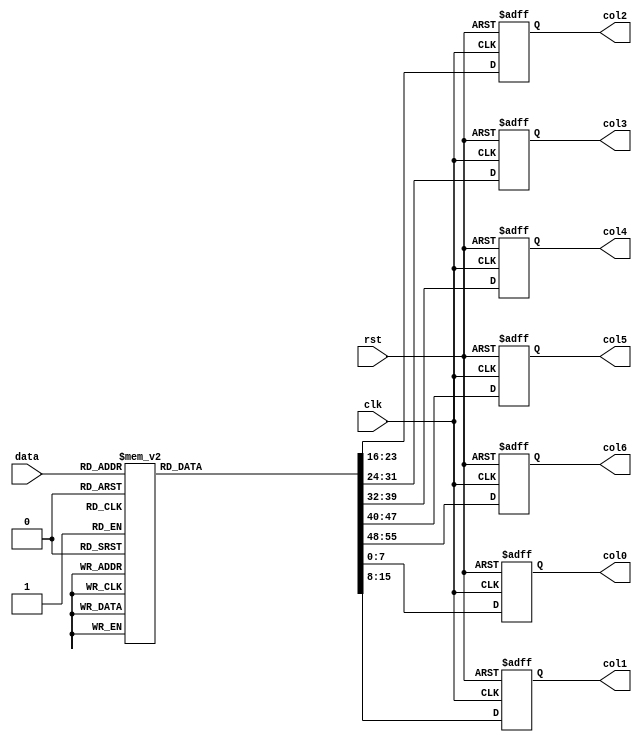
`timescale 1ns / 1ps
//////////////////////////////////////////////////////////////////////////////////
// Company: 
// Engineer: 
// 
// Design Name: 
// Module Name: RAM_set
// Project Name: 
// Target Devices: 
// Tool Versions: 
// Description: 
// 
// Dependencies: 
// 
// Revision:
// Revision 0.01 - File Created
// Additional Comments:
// 
//////////////////////////////////////////////////////////////////////////////////


// RAM_set.v  
`timescale 1ns / 1ps  
  
module RAM_set(  
    input clk,  
    input rst,  
    input [5:0] data,  
    output reg [7:0] col0,  
    output reg [7:0] col1,  
    output reg [7:0] col2,  
    output reg [7:0] col3,  
    output reg [7:0] col4,  
    output reg [7:0] col5,  
    output reg [7:0] col6  
    );  
  
    always @(posedge clk or negedge rst)  
        begin  
            if (!rst)  
                begin  
                    col0 <= 8'b0000_0000;  
                    col1 <= 8'b0000_0000;  
                    col2 <= 8'b0000_0000;  
                    col3 <= 8'b0000_0000;  
                    col4 <= 8'b0000_0000;  
                    col5 <= 8'b0000_0000;  
                    col6 <= 8'b0000_0000;  
                end  
            else  
                begin  
                    case (data)  
                        6'b00_0000: // "0"  
                            begin  
                                col0 <= 8'b0000_0000;  
                                col1 <= 8'b0011_1110;  
                                col2 <= 8'b0101_0001;  
                                col3 <= 8'b0100_1001;  
                                col4 <= 8'b0100_0101;  
                                col5 <= 8'b0011_1110;  
                                col6 <= 8'b0000_0000;  
                            end  
                        6'b00_0001: // "1"  
                            begin  
                                col0 <= 8'b0000_0000;  
                                col1 <= 8'b0000_0000;;  
                                col2 <= 8'b0100_0010;  
                                col3 <= 8'b0111_1111;  
                                col4 <= 8'b0100_0000;  
                                col5 <= 8'b0000_0000;;  
                                col6 <= 8'b0000_0000;  
                            end  
                        6'b00_0010: // "2"  
                            begin  
                                col0 <= 8'b0000_0000;  
                                col1 <= 8'b0100_0010;  
                                col2 <= 8'b0110_0001;  
                                col3 <= 8'b0101_0001;  
                                col4 <= 8'b0100_1001;  
                                col5 <= 8'b0100_0110;  
                                col6 <= 8'b0000_0000;  
                            end  
                        6'b00_0011: // "3"  
                            begin  
                                col0 <= 8'b0000_0000;  
                                col1 <= 8'b0010_0010;  
                                col2 <= 8'b0100_0001;  
                                col3 <= 8'b0100_1001;  
                                col4 <= 8'b0100_1001;  
                                col5 <= 8'b0011_0110;  
                                col6 <= 8'b0000_0000;  
                            end  
                        6'b00_0100: // "4"  
                            begin  
                                col0 <= 8'b0000_0000;  
                                col1 <= 8'b0001_1000;  
                                col2 <= 8'b0001_0100;  
                                col3 <= 8'b0001_0010;  
                                col4 <= 8'b0111_1111;  
                                col5 <= 8'b0001_0000;  
                                col6 <= 8'b0000_0000;  
                            end  
                        6'b00_0101: // "5"  
                            begin  
                                col0 <= 8'b0000_0000;  
                                col1 <= 8'b0010_0111;  
                                col2 <= 8'b0100_0101;  
                                col3 <= 8'b0100_0101;  
                                col4 <= 8'b0100_0101;  
                                col5 <= 8'b0011_1001;  
                                col6 <= 8'b0000_0000;  
                            end  
                        6'b00_0110: // "6"  
                            begin  
                                col0 <= 8'b0000_0000;  
                                col1 <= 8'b0011_1110;  
                                col2 <= 8'b0100_1001;  
                                col3 <= 8'b0100_1001;  
                                col4 <= 8'b0100_1001;  
                                col5 <= 8'b0011_0010;  
                                col6 <= 8'b0000_0000;  
                            end  
                        6'b00_0111: // "7"  
                            begin  
                                col0 <= 8'b0000_0000;  
                                col1 <= 8'b0110_0001;  
                                col2 <= 8'b0001_0001;  
                                col3 <= 8'b0000_1001;  
                                col4 <= 8'b0000_0101;  
                                col5 <= 8'b0000_0011;  
                                col6 <= 8'b0000_0000;  
                            end  
                        6'b00_1000: // "8"  
                            begin  
                                col0 <= 8'b0000_0000;  
                                col1 <= 8'b0011_0110;  
                                col2 <= 8'b0100_1001;  
                                col3 <= 8'b0100_1001;  
                                col4 <= 8'b0100_1001;  
                                col5 <= 8'b0011_0110;  
                                col6 <= 8'b0000_0000;  
                            end  
                        6'b00_1001: // "9"  
                            begin  
                                col0 <= 8'b0000_0000;  
                                col1 <= 8'b0010_0110;  
                                col2 <= 8'b0100_1001;  
                                col3 <= 8'b0100_1001;  
                                col4 <= 8'b0100_1001;  
                                col5 <= 8'b0011_1110;  
                                col6 <= 8'b0000_0000;  
                            end  
                        6'b00_1010: // "A"  
                            begin  
                                col0 <= 8'b0000_0000;  
                                col1 <= 8'b0111_1100;  
                                col2 <= 8'b0001_0010;  
                                col3 <= 8'b0001_0001;  
                                col4 <= 8'b0001_0010;  
                                col5 <= 8'b0111_1100;  
                                col6 <= 8'b0000_0000;  
                            end  
                        6'b00_1011: // "B"  
                            begin  
                                col0 <= 8'b0000_0000;  
                                col1 <= 8'b0111_1111;  
                                col2 <= 8'b0100_1001;  
                                col3 <= 8'b0100_1001;  
                                col4 <= 8'b0100_1001;  
                                col5 <= 8'b0011_0110;  
                                col6 <= 8'b0000_0000;  
                            end  
                        6'b00_1100: // "C"  
                            begin  
                                col0 <= 8'b0000_0000;  
                                col1 <= 8'b0011_1110;  
                                col2 <= 8'b0100_0001;  
                                col3 <= 8'b0100_0001;  
                                col4 <= 8'b0100_0001;  
                                col5 <= 8'b0010_0010;  
                                col6 <= 8'b0000_0000;  
                            end  
                        6'b00_1101: // "D"  
                            begin  
                                col0 <= 8'b0000_0000;  
                                col1 <= 8'b0111_1111;  
                                col2 <= 8'b0100_0001;  
                                col3 <= 8'b0100_0001;  
                                col4 <= 8'b0100_0001;  
                                col5 <= 8'b0011_1110;  
                                col6 <= 8'b0000_0000;  
                            end  
                        6'b00_1110: // "E"  
                            begin  
                                col0 <= 8'b0000_0000;  
                                col1 <= 8'b0111_1111;  
                                col2 <= 8'b0100_1001;  
                                col3 <= 8'b0100_1001;  
                                col4 <= 8'b0100_1001;  
                                col5 <= 8'b0100_0001;  
                                col6 <= 8'b0000_0000;  
                            end  
                        6'b00_1111: // "F"  
                            begin  
                                col0 <= 8'b0000_0000;  
                                col1 <= 8'b0111_1111;  
                                col2 <= 8'b0000_1001;  
                                col3 <= 8'b0000_1001;  
                                col4 <= 8'b0000_1001;  
                                col5 <= 8'b0000_0001;  
                                col6 <= 8'b0000_0000;  
                            end  
                        6'b01_0000: // "G"  
                            begin  
                                col0 <= 8'b0000_0000;  
                                col1 <= 8'b0011_1110;  
                                col2 <= 8'b0100_0001;  
                                col3 <= 8'b0100_1001;  
                                col4 <= 8'b0100_1001;  
                                col5 <= 8'b0011_1010;  
                                col6 <= 8'b0000_0000;  
                            end  
                        6'b01_0001: // "H"  
                            begin  
                                col0 <= 8'b0000_0000;  
                                col1 <= 8'b0111_1111;  
                                col2 <= 8'b0000_1000;  
                                col3 <= 8'b0000_1000;  
                                col4 <= 8'b0000_1000;  
                                col5 <= 8'b0111_1111;  
                                col6 <= 8'b0000_0000;  
                            end  
                        6'b01_0010: // "I"  
                            begin  
                                col0 <= 8'b0000_0000;  
                                col1 <= 8'b0000_0000;  
                                col2 <= 8'b0100_0001;  
                                col3 <= 8'b0111_1111;  
                                col4 <= 8'b0100_0001;  
                                col5 <= 8'b0000_0000;  
                                col6 <= 8'b0000_0000;  
                            end  
                        6'b01_0011: // "J"  
                            begin  
                                col0 <= 8'b0000_0000;  
                                col1 <= 8'b0010_0000;  
                                col2 <= 8'b0100_0001;  
                                col3 <= 8'b0100_0001;  
                                col4 <= 8'b0011_1111;  
                                col5 <= 8'b0000_0001;  
                                col6 <= 8'b0000_0000;  
                            end  
                        6'b01_0100: // "K"  
                            begin  
                                col0 <= 8'b0000_0000;  
                                col1 <= 8'b0111_1111;  
                                col2 <= 8'b0000_1000;  
                                col3 <= 8'b0001_0100;  
                                col4 <= 8'b0010_0010;  
                                col5 <= 8'b0100_0001;  
                                col6 <= 8'b0000_0000;  
                            end  
                        6'b01_0101: // "L"  
                            begin  
                                col0 <= 8'b0000_0000;  
                                col1 <= 8'b0111_1111;  
                                col2 <= 8'b0100_0000;  
                                col3 <= 8'b0100_0000;  
                                col4 <= 8'b0100_0000;  
                                col5 <= 8'b0100_0000;  
                                col6 <= 8'b0000_0000;  
                            end  
                        6'b01_0110: // "M"  
                            begin  
                                col0 <= 8'b0000_0000;  
                                col1 <= 8'b0111_1111;  
                                col2 <= 8'b0000_0010;  
                                col3 <= 8'b0000_1100;  
                                col4 <= 8'b0000_0010;  
                                col5 <= 8'b0111_1111;  
                                col6 <= 8'b0000_0000;  
                            end  
                        6'b01_0111: // "N"  
                            begin  
                                col0 <= 8'b0000_0000;  
                                col1 <= 8'b0111_1111;  
                                col2 <= 8'b0000_0010;  
                                col3 <= 8'b0000_0100;  
                                col4 <= 8'b0000_1000;  
                                col5 <= 8'b0111_1111;  
                                col6 <= 8'b0000_0000;  
                            end  
                        6'b01_1000: // "O"  
                            begin  
                                col0 <= 8'b0000_0000;  
                                col1 <= 8'b0011_1110;  
                                col2 <= 8'b0100_0001;  
                                col3 <= 8'b0100_0001;  
                                col4 <= 8'b0100_0001;  
                                col5 <= 8'b0011_1110;  
                                col6 <= 8'b0000_0000;  
                            end  
                        6'b01_1001: // "P"  
                            begin  
                                col0 <= 8'b0000_0000;  
                                col1 <= 8'b0111_1111;  
                                col2 <= 8'b0000_1001;  
                                col3 <= 8'b0000_1001;  
                                col4 <= 8'b0000_1001;  
                                col5 <= 8'b0000_0110;  
                                col6 <= 8'b0000_0000;  
                            end  
                        6'b01_1010: // "Q"  
                            begin  
                                col0 <= 8'b0000_0000;  
                                col1 <= 8'b0011_1110;  
                                col2 <= 8'b0100_0001;  
                                col3 <= 8'b0101_0001;  
                                col4 <= 8'b0110_0001;  
                                col5 <= 8'b0111_1110;  
                                col6 <= 8'b0000_0000;  
                            end  
                        6'b01_1011: // "R"  
                            begin  
                                col0 <= 8'b0000_0000;  
                                col1 <= 8'b0111_1111;  
                                col2 <= 8'b0000_1001;  
                                col3 <= 8'b0001_1001;  
                                col4 <= 8'b0010_1001;  
                                col5 <= 8'b0100_0110;  
                                col6 <= 8'b0000_0000;  
                            end  
                        6'b01_1100: // "S"  
                            begin  
                                col0 <= 8'b0000_0000;  
                                col1 <= 8'b0010_0110;  
                                col2 <= 8'b0100_1001;  
                                col3 <= 8'b0100_1001;  
                                col4 <= 8'b0100_1001;  
                                col5 <= 8'b0011_0010;  
                                col6 <= 8'b0000_0000;  
                            end  
                        6'b01_1101: // "T"  
                            begin  
                                col0 <= 8'b0000_0000;  
                                col1 <= 8'b0000_0001;  
                                col2 <= 8'b0000_0001;  
                                col3 <= 8'b0111_1111;  
                                col4 <= 8'b0000_0001;  
                                col5 <= 8'b0000_0001;  
                                col6 <= 8'b0000_0000;  
                            end  
                        6'b01_1110: // "U"  
                            begin  
                                col0 <= 8'b0000_0000;  
                                col1 <= 8'b0011_1111;  
                                col2 <= 8'b0100_0000;  
                                col3 <= 8'b0100_0000;  
                                col4 <= 8'b0100_0000;  
                                col5 <= 8'b0011_1111;  
                                col6 <= 8'b0000_0000;  
                            end  
                        6'b01_1111: // "V"  
                            begin  
                                col0 <= 8'b0000_0000;  
                                col1 <= 8'b0001_1111;  
                                col2 <= 8'b0010_0000;  
                                col3 <= 8'b0100_0000;  
                                col4 <= 8'b0010_0000;  
                                col5 <= 8'b0001_1111;  
                                col6 <= 8'b0000_0000;  
                            end  
                        6'b10_0000: // "W"  
                            begin  
                                col0 <= 8'b0000_0000;  
                                col1 <= 8'b0011_1111;  
                                col2 <= 8'b0100_0000;  
                                col3 <= 8'b0011_0000;  
                                col4 <= 8'b0100_0000;  
                                col5 <= 8'b0011_1111;  
                                col6 <= 8'b0000_0000;  
                            end  
                        6'b10_0001: // "X"  
                            begin  
                                col0 <= 8'b0000_0000;  
                                col1 <= 8'b0110_0011;  
                                col2 <= 8'b0001_0100;  
                                col3 <= 8'b0000_1000;  
                                col4 <= 8'b0001_0100;  
                                col5 <= 8'b0110_0011;  
                                col6 <= 8'b0000_0000;  
                            end  
                        6'b10_0010: // "Y"  
                            begin  
                                col0 <= 8'b0000_0000;  
                                col1 <= 8'b0000_0011;  
                                col2 <= 8'b0000_0100;  
                                col3 <= 8'b0111_1000;  
                                col4 <= 8'b0000_0100;  
                                col5 <= 8'b0000_0011;  
                                col6 <= 8'b0000_0000;  
                            end  
                        6'b10_0011: // "Z"  
                            begin  
                                col0 <= 8'b0000_0000;  
                                col1 <= 8'b0110_0001;  
                                col2 <= 8'b0101_0001;  
                                col3 <= 8'b0100_1001;  
                                col4 <= 8'b0100_0101;  
                                col5 <= 8'b0100_0011;  
                                col6 <= 8'b0000_0000;  
                            end  
                        6'b11_1110: // " "  
                            begin  
                                col0 <= 8'b0000_0000;  
                                col1 <= 8'b0000_0000;  
                                col2 <= 8'b0000_0000;  
                                col3 <= 8'b0000_0000;  
                                col4 <= 8'b0000_0000;  
                                col5 <= 8'b0000_0000;  
                                col6 <= 8'b0000_0000;  
                            end  
                        6'b11_1111: // ":"  
                            begin  
                                col0 <= 8'b0000_0000;  
                                col1 <= 8'b0000_0000;  
                                col2 <= 8'b0011_0110;  
                                col3 <= 8'b0011_0110;  
                                col4 <= 8'b0000_0000;  
                                col5 <= 8'b0000_0000;  
                                col6 <= 8'b0000_0000;  
                            end  
                        default: // "*"  
                            begin  
                                col0 <= 8'b0000_0000;  
                                col1 <= 8'b0010_0010;  
                                col2 <= 8'b0001_0100;  
                                col3 <= 8'b0000_1000;  
                                col4 <= 8'b0001_0100;  
                                col5 <= 8'b0010_0010;  
                                col6 <= 8'b0000_0000;  
                            end  
                    endcase  
                end  
        end  
  
endmodule